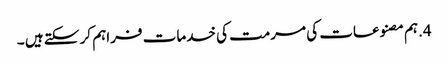
4.ہم مصنوعات کی مرمت کی خدمات فراہم کر سکتے ہیں ۔